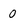
Character: 0